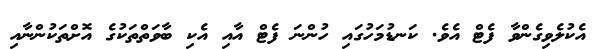
އެކުލެވިގެންވާ ފެޓް އެވެ. ކަނޑުމަހުގައި ހުންނަ ފެޓް އާއި އެކި ބާވަތްތަކުގެ އޮށްތަކުންނާއި